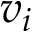
v _ { i }